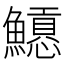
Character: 𩼲